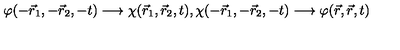
\varphi ( - \vec { r } _ { 1 } , - \vec { r } _ { 2 } , - t ) \longrightarrow \chi ( \vec { r } _ { 1 } , \vec { r } _ { 2 } , t ) , \chi ( - \vec { r } _ { 1 } , - \vec { r } _ { 2 } , - t ) \longrightarrow \varphi ( \vec { r } , \vec { r } , t )